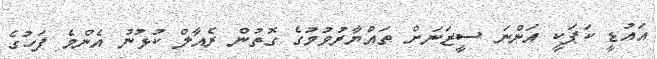
އައުޑީ ކަޕަކީ އަންނަ ސީޒަނަށް ތައްޔާރުވުމުގެ ގޮތުން ރެއާލް ކުޅުނު އެންމެ ފަހުގެ